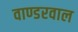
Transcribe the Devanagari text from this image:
वाण्डरवाल